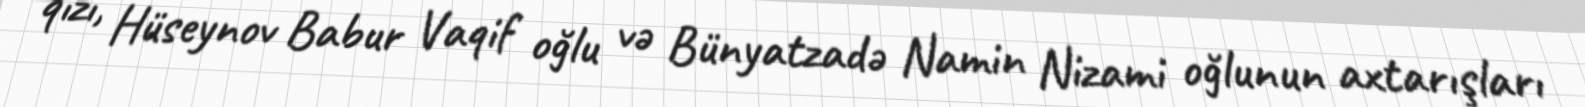
qızı, Hüseynov Babur Vaqif oğlu və Bünyatzadə Namin Nizami oğlunun axtarışları